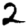
Digit: 2